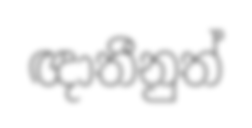
ඥාතීනුත්